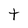
Character: T